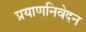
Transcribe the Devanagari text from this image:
प्रयाणनिवेदन